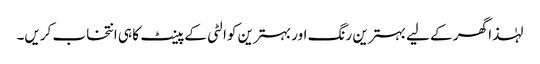
لہٰذا گھر کے لیے بہترین رنگ اور بہترین کوالٹی کے پینٹ کا ہی انتخاب کریں۔